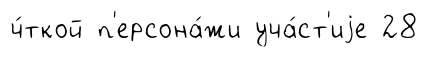
ч́ткой п'ерсона́жи уча́ст'иjе 28